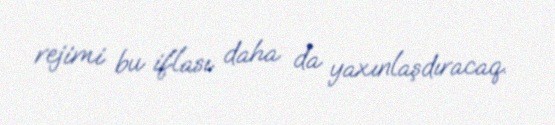
rejimi bu iflası daha da yaxınlaşdıracaq.